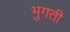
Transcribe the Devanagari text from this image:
भुगती